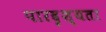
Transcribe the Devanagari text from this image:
पारदृश्यता